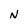
Character: N